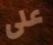
على